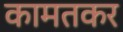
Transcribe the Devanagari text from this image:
कामतकर